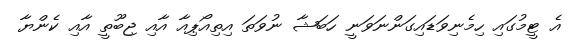
އެ ޓީމުގައި ހިމެނިވަޑައިގަންނަވަނީ ހަބަޝާ ނުވަތަ އިތިއޯޕިއާ އާއި ޖިބޫތީ އާއި ކެންޔާ